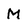
Character: M